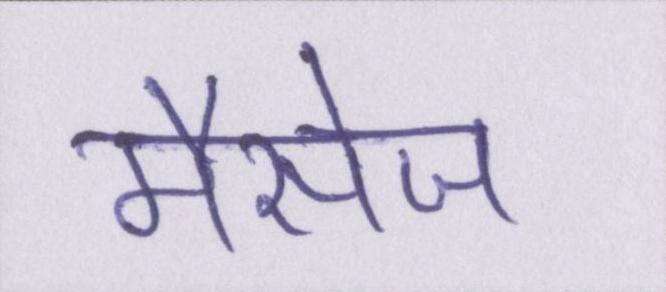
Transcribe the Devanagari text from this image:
मैसेज